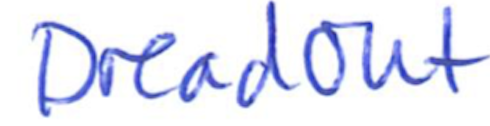
Text: DreadOut
Cross-out: clean
Writing tool: ballpoint